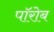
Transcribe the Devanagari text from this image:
पॉरोब